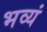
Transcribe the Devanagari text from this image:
भव्यं